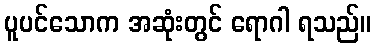
ပူပင်သောက အဆုံးတွင် ရောဂါ ရသည်။